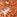
في